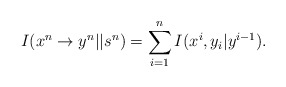
\begin{align*}I(x^n\rightarrow y^n||s^n) = \sum_{i=1}^n I(x^i, y_i | y^{i-1}).\end{align*}